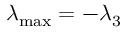
\lambda _ { \operatorname* { m a x } } = - \lambda _ { 3 }